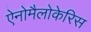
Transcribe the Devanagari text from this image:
ऐनोमैलोकेरिस